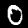
Label: 0